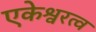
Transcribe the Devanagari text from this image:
एकेश्वरत्व